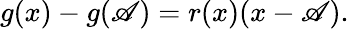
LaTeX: g(x)-g(\mathscr{A})=r(x)(x-\mathscr{A}).